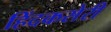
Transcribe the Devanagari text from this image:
हिंदकसेरी